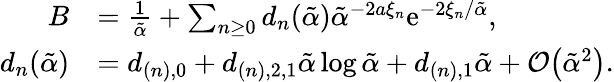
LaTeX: \begin{array}{rl}{B}&{=\frac{1}{\tilde{\alpha}}+\sum_{n\ge 0}d_{n}(\tilde{\alpha})\tilde{\alpha}^{-2a\xi_{n}}\mathrm{e}^{-2\xi_{n}/\tilde{\alpha}},}\\ {d_{n}(\tilde{\alpha})}&{=d_{(n),0}+d_{(n),2,1}\tilde{\alpha}\log\tilde{\alpha}+d_{(n),1}\tilde{\alpha}+\mathcal{O}\big(\tilde{\alpha}^{2}\big).}\end{array}